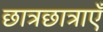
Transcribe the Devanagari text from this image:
छात्रछात्राएँ